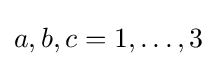
a,b,c=1,\ldots ,3